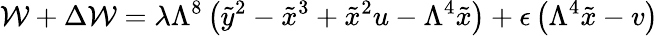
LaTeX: {\cal W}+\Delta{\cal W}=\lambda\Lambda^{8}\left(\tilde{y}^{2}-\tilde{x}^{3}+\tilde{x}^{2}u-\Lambda^{4}\tilde{x}\right)+\epsilon\left(\Lambda^{4}\tilde{x}-v\right)